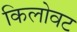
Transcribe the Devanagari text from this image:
किलोवट